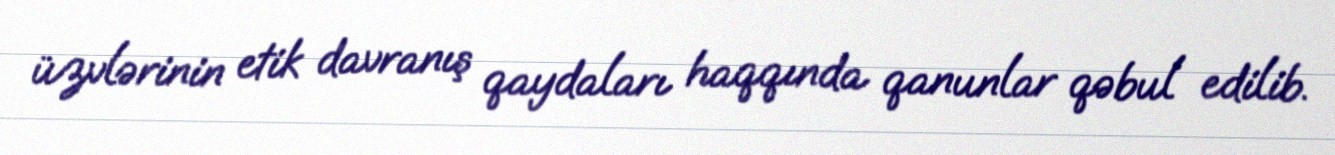
üzvlərinin etik davranış qaydaları haqqında qanunlar qəbul edilib.